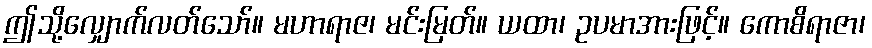
ဤသို့လျှောက်လတ်သော်။ မဟာရာဇ၊ မင်းမြတ်။ ယထာ၊ ဥပမာအားဖြင့်။ ကောစိရာဇာ၊